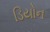
ડિયોન